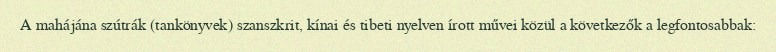
A mahájána szútrák (tankönyvek) szanszkrit, kínai és tibeti nyelven írott művei közül a következők a legfontosabbak: